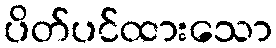
ပိတ်ပင်ထားသော